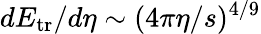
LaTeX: dE_{\mathrm{tr}}/d\eta\sim(4\pi\eta/s)^{4/9}